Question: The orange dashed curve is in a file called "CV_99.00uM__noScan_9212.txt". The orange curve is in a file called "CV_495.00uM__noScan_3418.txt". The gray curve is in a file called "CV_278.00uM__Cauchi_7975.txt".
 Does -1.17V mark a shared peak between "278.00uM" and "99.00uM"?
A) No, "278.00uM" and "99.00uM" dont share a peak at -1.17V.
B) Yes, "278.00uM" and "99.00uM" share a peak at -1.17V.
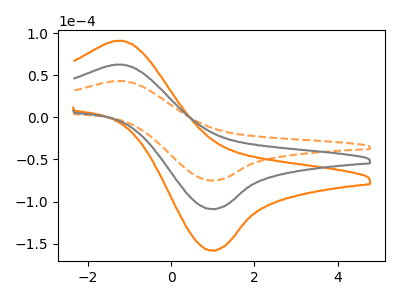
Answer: <think>The orange dashed curve "99.00uM" has an anodic peak at (-1.15V, 43.15uA) and a cathodic peak at (0.95V, -74.95uA). The orange curve "495.00uM" has an anodic peak at (-1.15V, 125.25uA) and a cathodic peak at (0.95V, -217.60uA). The gray curve "278.00uM" has an anodic peak at (-1.15V, 62.65uA) and a cathodic peak at (0.95V, -108.80uA).</think>
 <answer>B) Yes, "278.00uM" and "99.00uM" share a peak at -1.17V.</answer>
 <eval>B</eval>